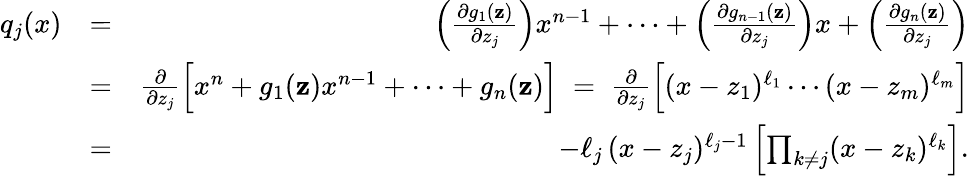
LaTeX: \begin{array}{rlr}{q_{j}(x)}&{=}&{\left(\frac{\partial g_{1}(\mathbf{z})}{\partial z_{j}}\right)x^{n-1}+\cdots+\left(\frac{\partial g_{n-1}(\mathbf{z})}{\partial z_{j}}\right)x+\left(\frac{\partial g_{n}(\mathbf{z})}{\partial z_{j}}\right)}\\ &{=}&{\frac{\partial}{\partial z_{j}}\Big[x^{n}+g_{1}(\mathbf{z})x^{n-1}+\cdots+g_{n}(\mathbf{z})\Big]\; =\; \frac{\partial}{\partial z_{j}}\Big[(x-z_{1})^{\ell_{1}}\cdots(x-z_{m})^{\ell_{m}}\Big]}\\ &{=}&{-\ell_{j}\, (x-z_{j})^{\ell_{j}-1}\left[\prod_{k\neq j}(x-z_{k})^{\ell_{k}}\right].}\end{array}